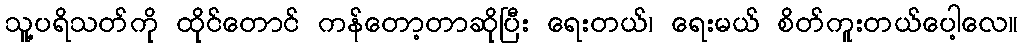
သူ့ပရိသတ်ကို ထိုင်တောင် ကန်တော့တာဆိုပြီး ရေးတယ်၊ ရေးမယ် စိတ်ကူးတယ်ပေါ့လေ။